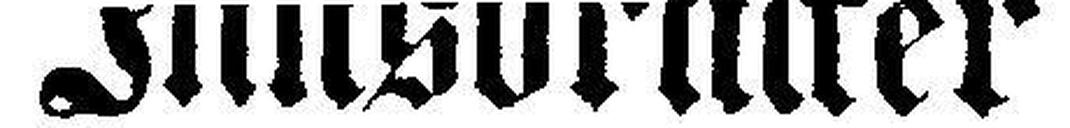
Innsbrucker